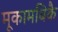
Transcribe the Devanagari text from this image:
मूकामबिकै